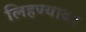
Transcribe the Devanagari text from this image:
लिहण्यावर